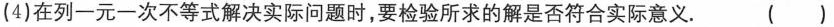
(4)在列一元一次不等式解决实际问题时，要检验所求的解是否符合实际意义。 ()